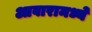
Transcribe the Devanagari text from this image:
आवारामध्ये